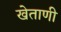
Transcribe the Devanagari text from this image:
खेताणी